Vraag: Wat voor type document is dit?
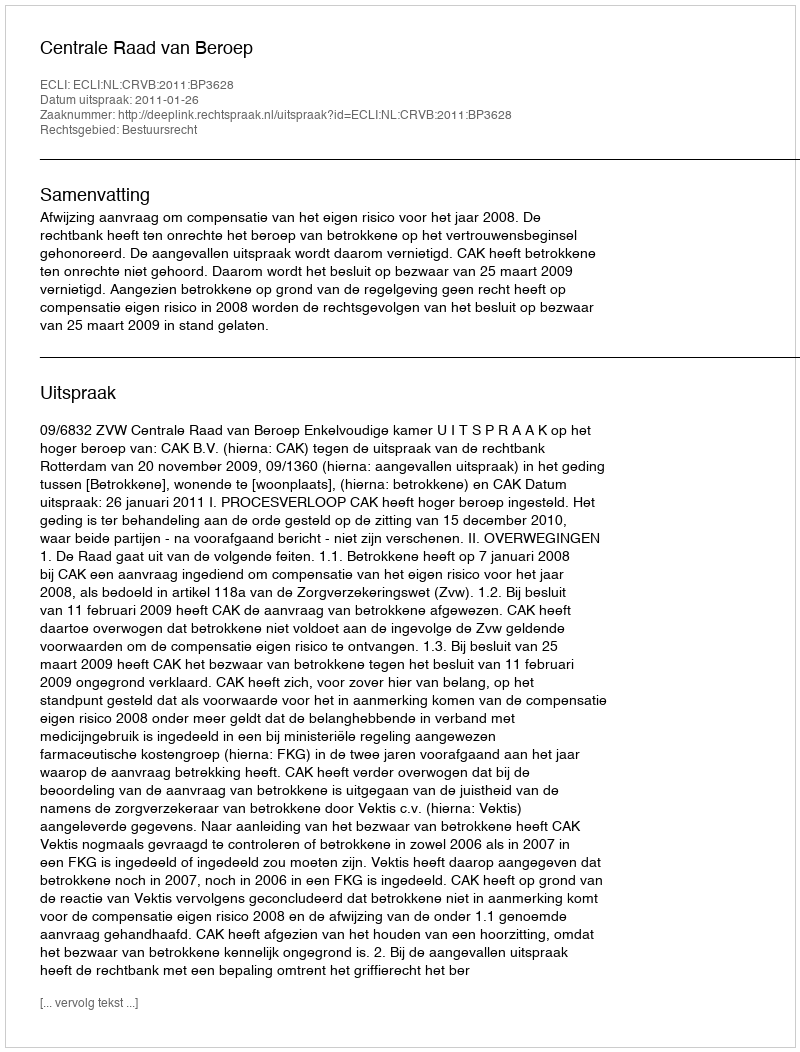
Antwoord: Uitspraak